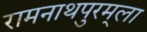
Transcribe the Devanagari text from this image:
रामनाथपुरम्‌ला